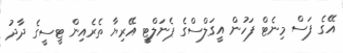
އޭގެ ފަސް މިނެޓް ފަހުން އީގަލްސްގެ ޕެނަލްޓީ އޭރިޔާ ތެރެއިން ޓީސީގެ ދާދު